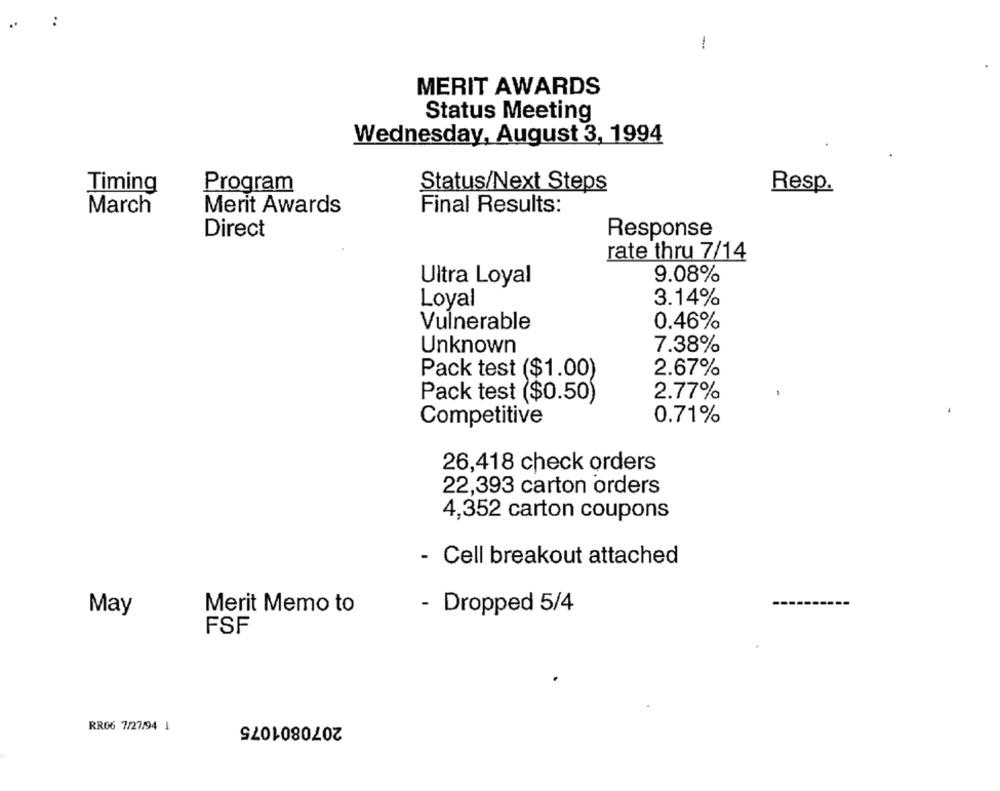
1
MERIT AWARDS
Status Meeting
Wednesday, August 3, 1994
Timing
Program
Status/Next Steps
Resp.
March
Merit Awards
Final Results:
Direct
Response
rate thru 7/14
Ultra Loyal
9.08%
3.14%
Loyal
0.46%
Vulnerable
7.38%
Unknown
2.67%
Pack test ($1.00)
2.77%
Pack test ($0.50)
0.71%
Competitive
26,418 check orders
22,393 carton orders
4,352 carton coupons
- Cell breakout attached
Merit Memo to
- Dropped 5/4
May
FSF
2070801075
RR06 7/27/94 1